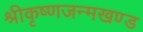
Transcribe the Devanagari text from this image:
श्रीकृष्णजन्मखण्ड